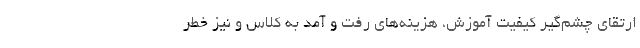
ارتقای چشم‌گیر کیفیت آموزش، هزینه‌های رفت و آمد به کلاس و نیز خطر